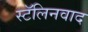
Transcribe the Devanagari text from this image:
स्टॅलिनवाद